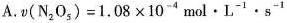
A.$$v(N_{2}O_{5})=1.08\times 10^{-4}mol\cdot L^{-1}\cdot s^{-1}$$